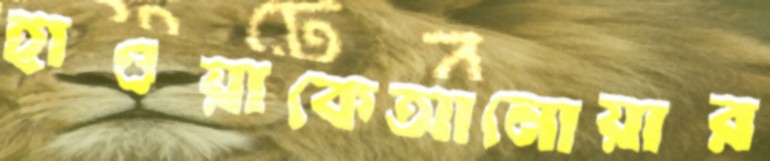
হাওয়াকেআনোয়ার